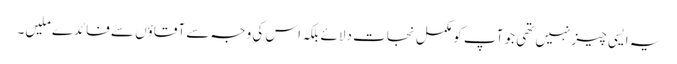
یہ ایسی چیز نہیں تھی جو آپ کو مکمل نجات دلائے بلکہ اس کی وجہ سے آقاؤں سے فائدے ملیں۔